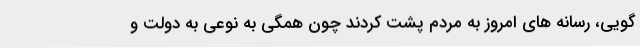
گویی، رسانه های امروز به مردم پشت کردند چون همگی به نوعی به دولت و